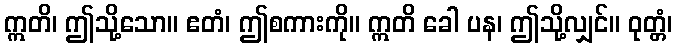
ဣတိ၊ ဤသို့သော။ ဧတံ၊ ဤစကားကို။ ဣတိ ခေါ ပန၊ ဤသို့လျှင်။ ဝုတ္တံ၊